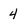
Character: 4